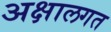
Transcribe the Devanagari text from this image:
अक्षालगत